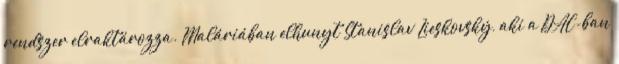
rendszer elraktározza. Maláriában elhunyt Stanislav Lieskovský, aki a DAC-ban